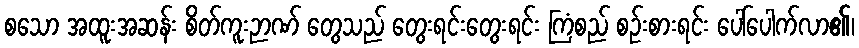
စသော အထူးအဆန်း စိတ်ကူးဉာဏ် တွေသည် တွေးရင်းတွေးရင်း ကြံစည် စဉ်းစားရင်း ပေါ်ပေါက်လာ၏၊